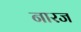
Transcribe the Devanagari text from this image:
नारज